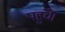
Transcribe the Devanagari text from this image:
पहुंचें।